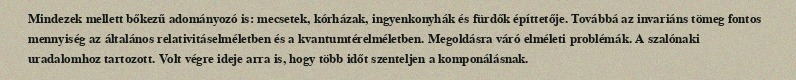
Mindezek mellett bőkezű adományozó is: mecsetek, kórházak, ingyenkonyhák és fürdők építtetője. Továbbá az invariáns tömeg fontos mennyiség az általános relativitáselméletben és a kvantumtérelméletben. Megoldásra váró elméleti problémák. A szalónaki uradalomhoz tartozott. Volt végre ideje arra is, hogy több időt szenteljen a komponálásnak.